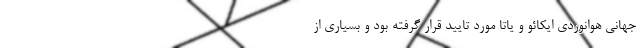
جهانی هوانوردی ایکائو و یاتا مورد تایید قرار گرفته بود و بسیاری از